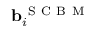
\mathbf { b } _ { i } ^ { \mathrm { ~ S ~ C ~ B ~ M ~ } }